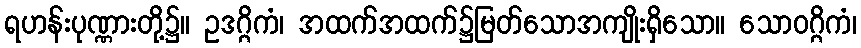
ရဟန်းပုဏ္ဏားတို့၌။ ဥဒဂ္ဂိကံ၊ အထက်အထက်၌မြတ်သောအကျိုးရှိသော။ သောဝဂ္ဂိကံ၊